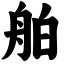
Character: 舶